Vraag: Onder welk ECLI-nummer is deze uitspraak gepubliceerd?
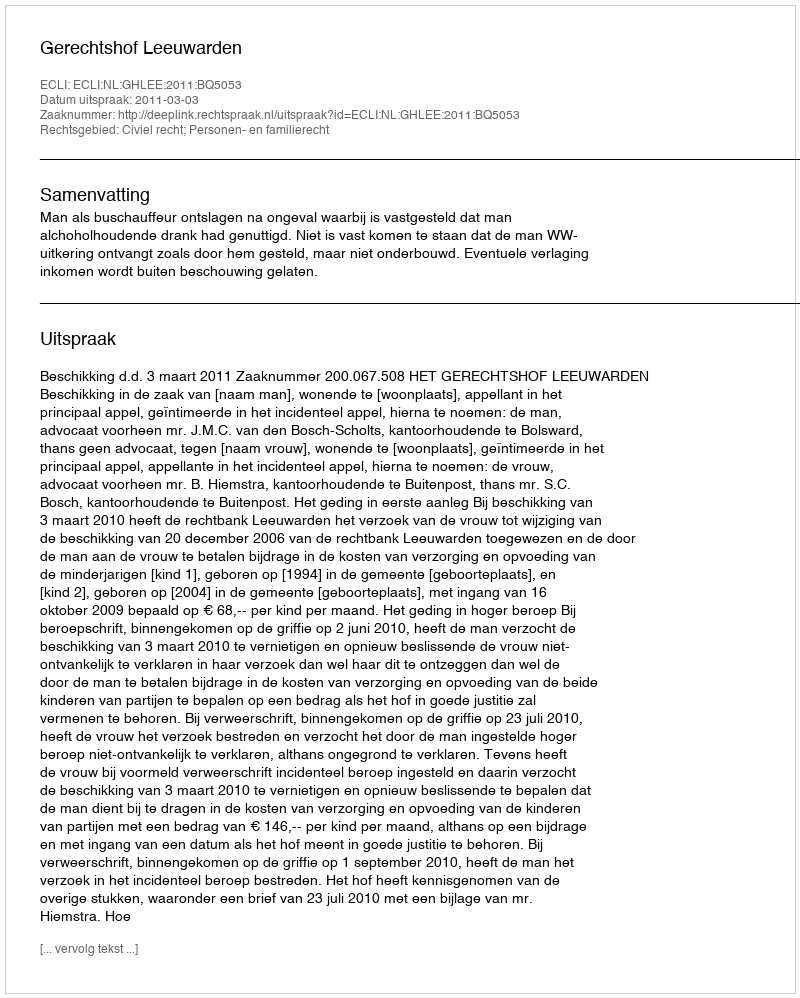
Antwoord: ECLI:NL:GHLEE:2011:BQ5053